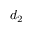
d _ { 2 }